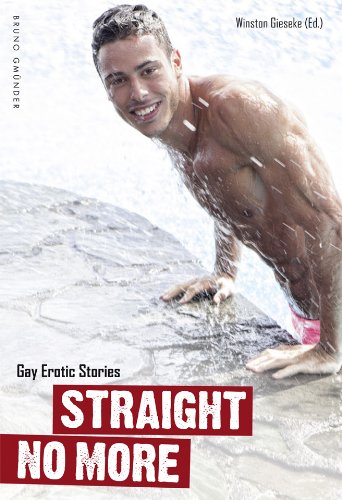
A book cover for Straight No More: Gay Erotic Stories; Winston Gieseke; Romance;